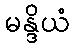
မန္ဒိယံ